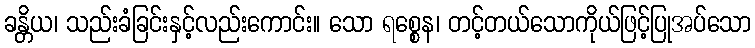
ခန္တိယ၊ သည်းခံခြင်းနှင့်လည်းကောင်း။ သော ရစ္စေန၊ တင့်တယ်သောကိုယ်ဖြင့်ပြုအပ်သော